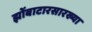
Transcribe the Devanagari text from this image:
झोंबाटारसारख्या